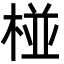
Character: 椪